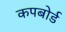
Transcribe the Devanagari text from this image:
कपबोर्ड